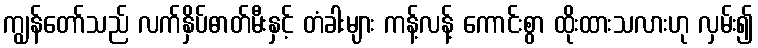
ကျွန်တော်သည် လက်နှိပ်ဓာတ်မီးနှင့် တံခါးများ ကန့်လန့် ကောင်းစွာ ထိုးထားသလားဟု လှမ်း၍